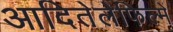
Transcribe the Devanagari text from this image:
आदितेलेफिल्में